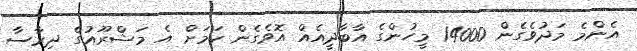
އެންމެ މަދުވެގެން 14000 މީހުންގެ އާބާދީއެއް އޮވެގެން ކަމަށް އެ މަޝްރޫއުގެ ދިރާސާ